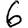
Digit: 6